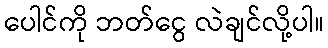
ပေါင်ကို ဘတ်ငွေ လဲချင်လို့ပါ။